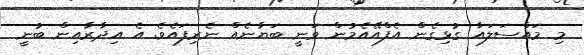
މި މައްސަލައާ ގުޅިގެން އެފްއޭއެމުން ވަނީ ބަޔާނެއް ނެރިފައެވެ. އެ އިދާރާއިން ބުނީ